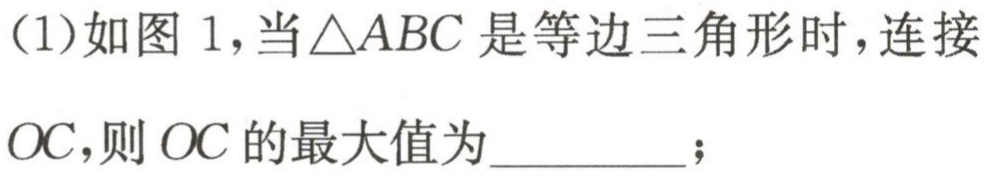
(1)如图 1,当\(\triangle ABC\)是等边三角形时,连接
\(OC\),则\(OC\)的最大值为_________;